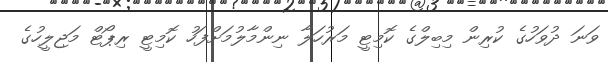
ވަނަ ދުވަހުގެ ކުރިން މިބިލްގެ ކޮމިޓީ މަރުހަލާ ނިންމާލުމަށްފަހު ކޮމިޓީ ރިޕޯޓް މަޖިލީހުގެ